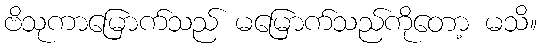
ဗိသုကာမြောက်သည် မမြောက်သည်ကိုတော့ မသိ။